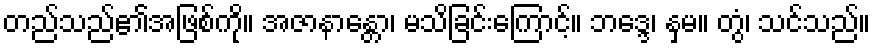
တည်သည်၏အဖြစ်ကို။ အဇာနာန္တော၊ မသိခြင်းကြောင့်။ ဘဒ္ဒေ၊ နှမ။ တွံ၊ သင်သည်။